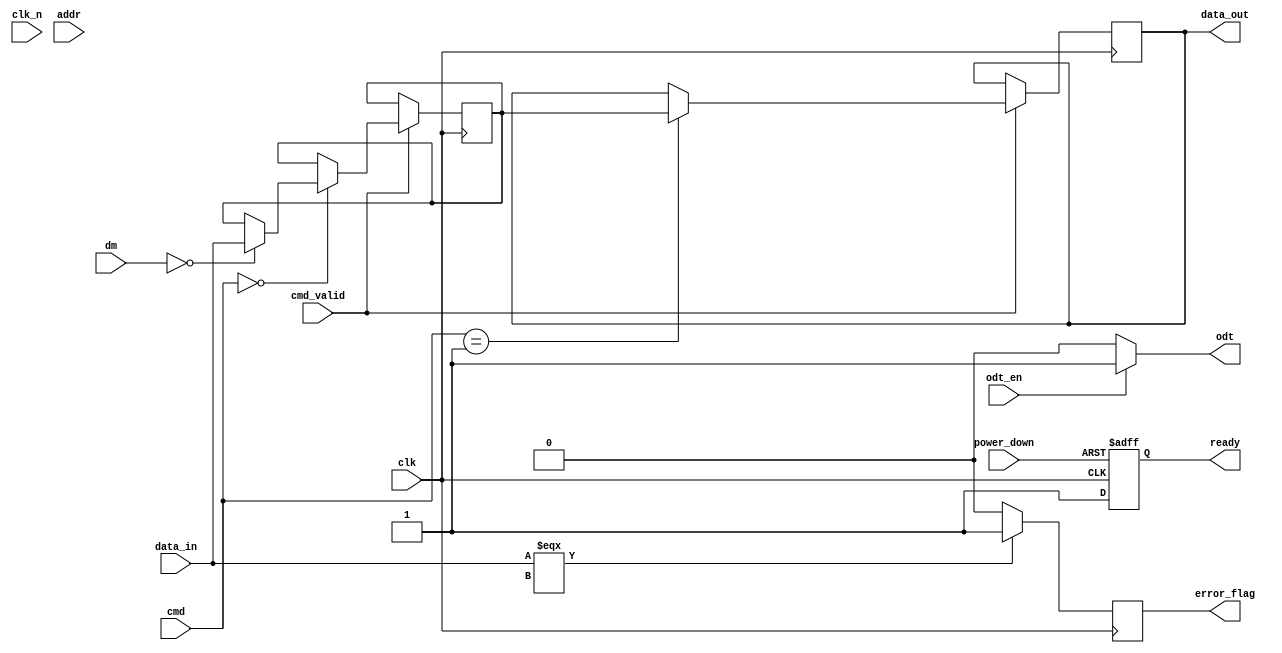
module lpddr4_io_block (
    input wire clk,               // System clock
    input wire clk_n,             // Inverted clock (differential)
    input wire [31:0] data_in,    // Data input lines (DQ)
    output wire [31:0] data_out,   // Data output lines (DQ)
    input wire [3:0] dm,           // Data mask lines
    input wire [15:0] addr,        // Address lines (A)
    input wire cmd_valid,          // Command valid signal
    input wire [2:0] cmd,          // Command lines (e.g., read, write)
    output wire ready,             // Ready signal for the memory controller
    input wire odt_en,             // On-die termination enable
    output wire odt,               // On-die termination signal
    input wire power_down,         // Power down signal
    output wire error_flag         // Error flag for error handling
);

    // Internal signals
    reg [31:0] data_reg;           // Register for data output
    reg ready_reg;                 // Register for ready signal
    reg error_reg;                 // Register for error flag

    // Power management logic
    always @(posedge clk or negedge power_down) begin
        if (!power_down) begin
            // Logic to handle power down state
            ready_reg <= 1'b0;
        end else begin
            // Normal operation
            ready_reg <= 1'b1; // Indicate ready state
        end
    end

    // Data I/O logic
    always @(posedge clk) begin
        if (cmd_valid) begin
            case (cmd)
                3'b000: begin // Write command
                    if (!dm) begin // If DM is not asserted
                        data_reg <= data_in; // Capture data
                    end
                end
                3'b001: begin // Read command
                    data_out <= data_reg; // Output data
                end
                default: begin
                    // Handle other commands
                end
            endcase
        end
    end

    // On-die termination logic
    assign odt = odt_en ? 1'b1 : 1'b0; // Enable ODT based on input

    // Error handling logic (simplified)
    always @(posedge clk) begin
        if (data_in === 32'bx) begin // Check for invalid data
            error_reg <= 1'b1; // Set error flag
        end else begin
            error_reg <= 1'b0; // Clear error flag
        end
    end

    // Assign outputs
    assign ready = ready_reg;
    assign error_flag = error_reg;

endmodule